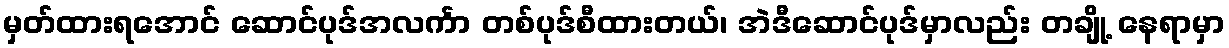
မှတ်ထားရအောင် ဆောင်ပုဒ်အလင်္ကာ တစ်ပုဒ်စီထားတယ်၊ အဲဒီဆောင်ပုဒ်မှာလည်း တချို့ နေရာမှာ